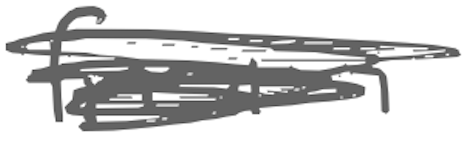
Text: from
Cross-out: scratch
Writing tool: digital_gray